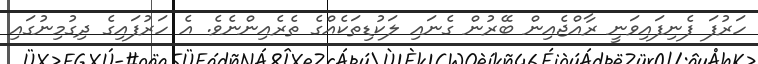
ހަރުފަ ފެނިފައިވަނީ ރާއްޖެއިން ބޭރުން ގެނައި ލަކުޑިތަކެއްގެ ތެރެއިންނެވެ. އެ ހަރުފައިގެ ދިގުމިނުގައި